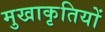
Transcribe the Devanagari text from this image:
मुखाकृतियों